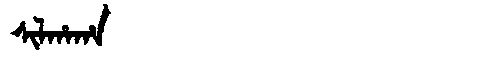
Manchu: ᠰᡳᠯᡥᠠᡥᠠ
Romanization: SILHAHA